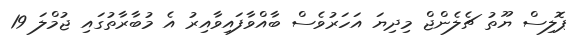
ޕޮލިސް ޔޫތު ޗެލެންޖް މިދިޔަ އަހަރުވެސް ބާއްވާފައިވާއިރު އެ މުބާރާތުގައި ޖުމްލަ 19